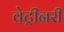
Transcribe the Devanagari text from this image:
वेट्रीनरी